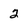
Character: 2